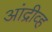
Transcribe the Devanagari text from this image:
आंद्रीव्ह